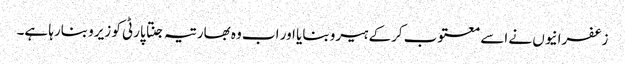
زعفرانیوں نے اسے معتوب کرکے ہیرو بنایا اور اب وہ بھارتیہ جنتا پارٹی کو زیرو بنارہا ہے۔